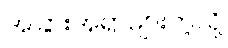
အခြားအရာများကဲ့သို့